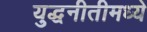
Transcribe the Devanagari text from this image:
युद्धनीतीमध्ये